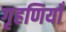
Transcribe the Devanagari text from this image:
गृहणियाँ